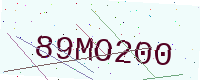
Text: 89MO200